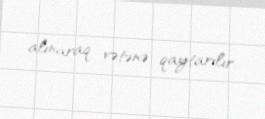
alınaraq vətənə qaytarılır.